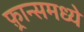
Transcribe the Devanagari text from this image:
फ़्रान्समध्ये